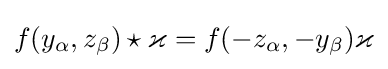
f(y_{\alpha },z_{\beta })\star \varkappa =f(-z_{\alpha },-y_{\beta })\varkappa